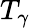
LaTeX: T_{\gamma}